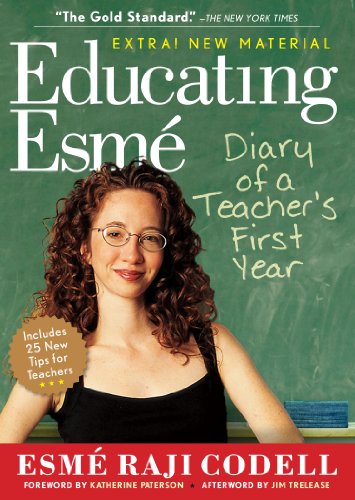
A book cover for Educating EsmÃ©: Diary of a Teacher's First Year, Expanded Edition; EsmÃ© Raji Codell; Biographies & Memoirs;